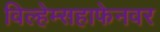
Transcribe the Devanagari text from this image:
विल्हेम्सहाफेनवर